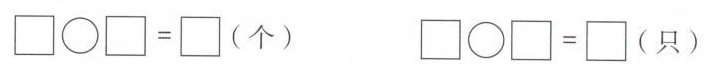
$$\Box \circ \Box = \Box$$ (个) $$\Box \circ \Box = \Box$$(只)